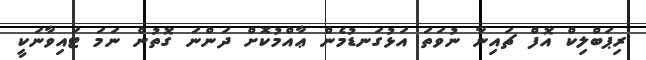
ރިޕަބްލިކް އޮފް ޗައިނާ ނުވަތަ އަޅުގަނޑުމެން ޢާއްމުކޮށް ދަންނަ ގޮތުން ނަމަ ޓައިވާނަކީ